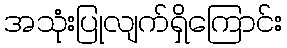
အသုံးပြုလျက်ရှိကြောင်း